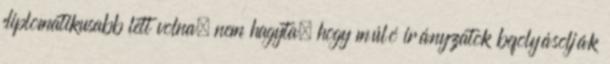
diplomatikusabb lett volna; nem hagyta, hogy múló irányzatok befolyásolják